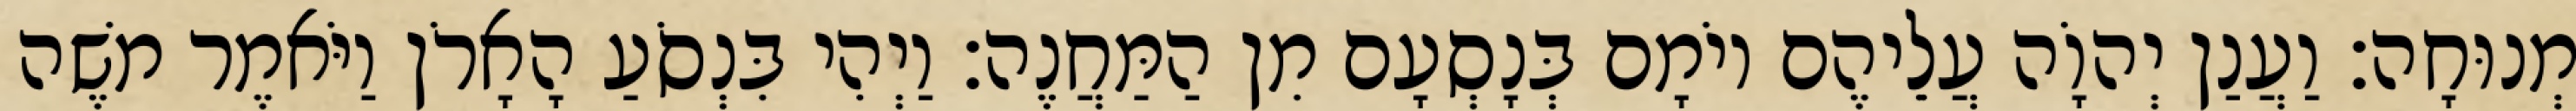
מְנוּחָה׃ וַעֲנַן יְהוָֹה עֲלֵיהֶם יוֹמָם בְּנָסְעָם מִן הַמַּחֲנֶה׃ וַיְהִי בִּנְסֹעַ הָאָרֹן וַיֹּאמֶר משֶׁה